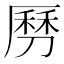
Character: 𠟄